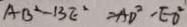
A B ^ { 2 } - B E ^ { 2 } = A D ^ { 2 } - E O ^ { 2 }